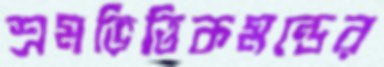
শ্রমভিত্তিকমন্ডের